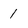
Character: 1